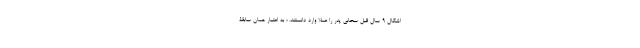
اشکال 9 سال قبل سحابی پدر را عملا وارد دانستند. ؛ به اعتبار همان سابقۀ